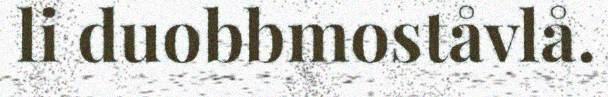
li duobbmoståvlå.